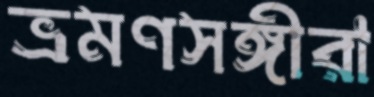
ভ্রমণসঙ্গীরা